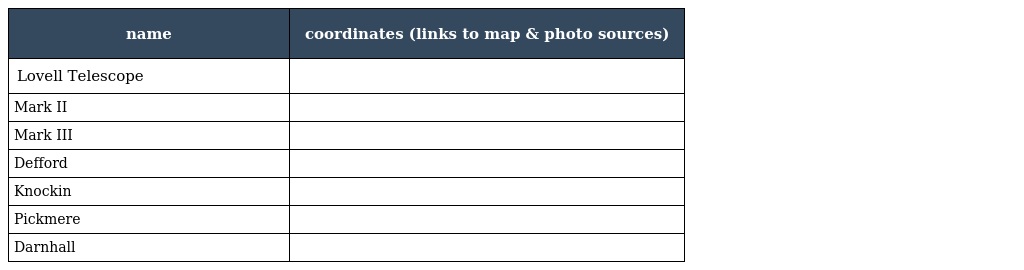
| name | coordinates (links to map & photo sources) |
 | --- | --- |
 | Lovell Telescope |  |
 | Mark II |  |
 | Mark III |  |
 | Defford |  |
 | Knockin |  |
 | Pickmere |  |
 | Darnhall |  |